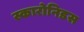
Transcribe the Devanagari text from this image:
स्कारोनिडस